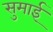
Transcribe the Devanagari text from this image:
सुमाई